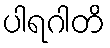
ပါရဂါတိ